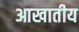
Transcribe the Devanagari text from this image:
आखातीय